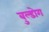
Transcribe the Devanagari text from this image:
बुल्डोग